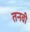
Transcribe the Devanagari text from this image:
तनवी